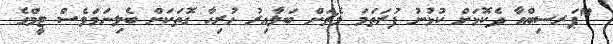
"ޕަރސިބްއާ ދެކޮޅަށް ކުޅުނު ފުރަތަމަ މެޗަށް ބަލާއިރު ހުރިހާ ގޮތަކަށް ބެލިނަމަވެސް ޓީމްގެ